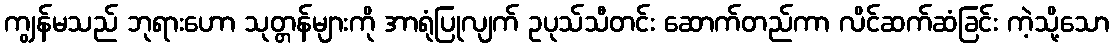
ကျွန်မသည် ဘုရားဟော သုတ္တန်များကို အာရုံပြုလျက် ဥပုသ်သီတင်း ဆောက်တည်ကာ လိင်ဆက်ဆံခြင်း ကဲ့သို့သော